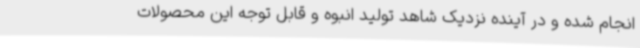
انجام شده و در آینده نزدیک شاهد تولید انبوه و قابل توجه این محصولات